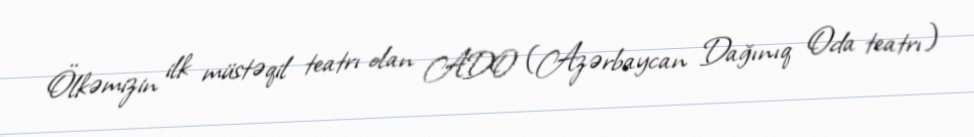
Ölkəmizin ilk müstəqil teatrı olan ADO (Azərbaycan Dağınıq Oda teatrı)